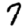
Digit: 7